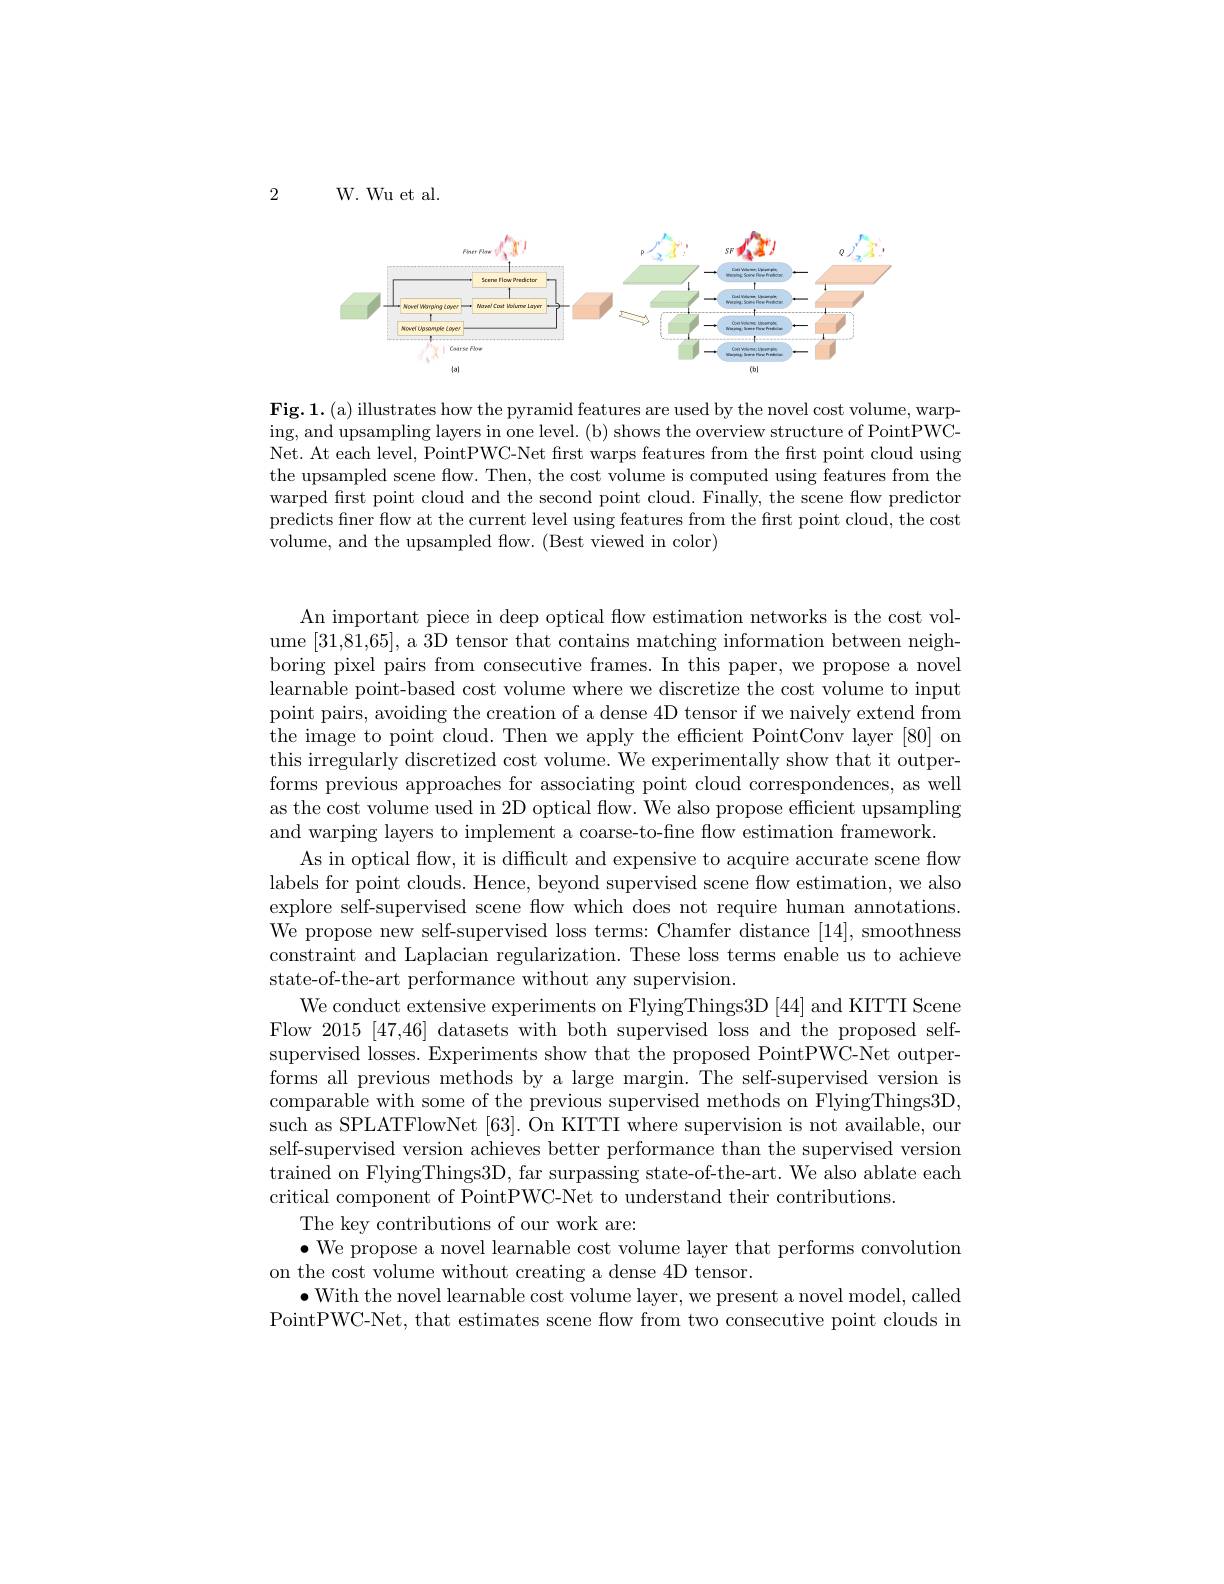
2

W. Wu et al.

<FigureHere>

Fig.1.(a) illustrates how the pyramid features are used by the novel cost volume, warping, and upsampling layers in one level. (b) shows the overview structure of PointPWCNet. At each level, PointPWC-Net frst warps features from the frst point cloud using the upsampled scene flow. Then, the cost volume is computed using features from the warped first point cloud and the second point cloud. Finally, the scene flow predictor predicts finer flow at the current level using features from the first point cloud, the cost volume, and the upsampled flow. (Best viewed in color)

An important piece in deep optical flow estimation networks is the cost volume [31,81,65], a 3D tensor that contains matching information between neighboring pixel pairs from consecutive frames. In this paper, we propose a novel learnable point-based cost volume where we discretize the cost volume to input point pairs, avoiding the creation of a dense 4D tensor if we naively extend from the image to point cloud. Then we apply the efficient PointConv layer [80] on this irregularly discretized cost volume. We experimentally show that it outperforms previous approaches for associating point cloud correspondences, as well as the cost volume used in 2D optical flow. We also propose efficient upsampling and warping layers to implement a coarse-to-fine flow estimation framework.
As in optical flow, it is difficult and expensive to acquire accurate scene flow labels for point clouds. Hence, beyond supervised scene flow estimation, we also explore self-supervised scene flow which does not require human annotations. We propose new self-supervised loss terms: Chamfer distance [14], smoothness constraint and Laplacian regularization. These loss terms enable us to achieve state-of-the-art performance without any supervision.
We conduct extensive experiments on FlyingThings3D [44] and KITTI Scene Flow 2015 [47,46] datasets with both supervised loss and the proposed selfsupervised losses. Experiments show that the proposed PointPWC-Net outperforms all previous methods by a large margin. The self-supervised version is comparable with some of the previous supervised methods on FlyingThings3D, such as SPLATFlowNet [63]. On KITTI where supervision is not available, our self-supervised version achieves better performance than the supervised version trained on FlyingThings3D, far surpassing state-of-the-art. We also ablate each critical component of PointPWC-Net to understand their contributions.
The key contributions of our work are:
$\bullet$ We propose a novel learnable cost volume layer that performs convolution
on the cost volume without creating a dense 4D tensor.
$\bullet$With the novel learnable cost volume layer, we present a novel model, called PointPWC-Net, that estimates scene flow from two consecutive point clouds in